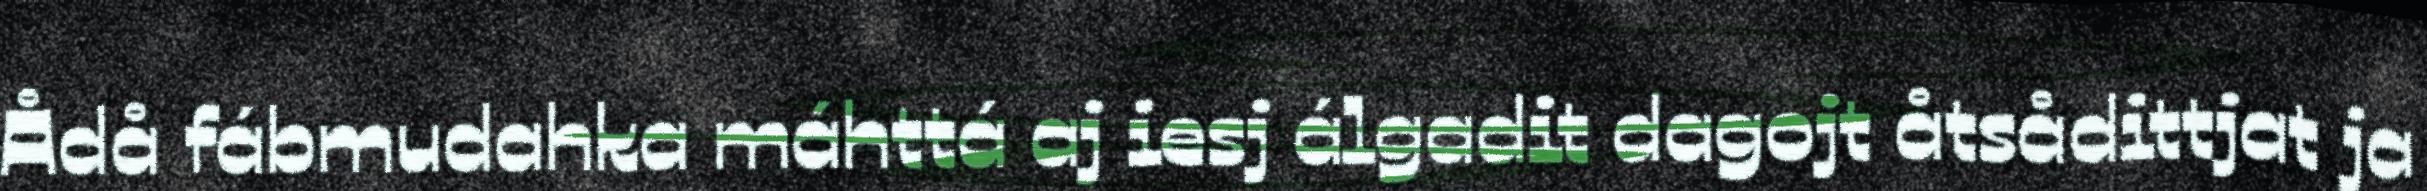
Ådå fábmudahka máhttá aj iesj álgadit dagojt åtsådittjat ja